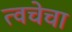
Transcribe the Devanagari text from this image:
त्‍वचेचा